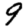
Digit: 9